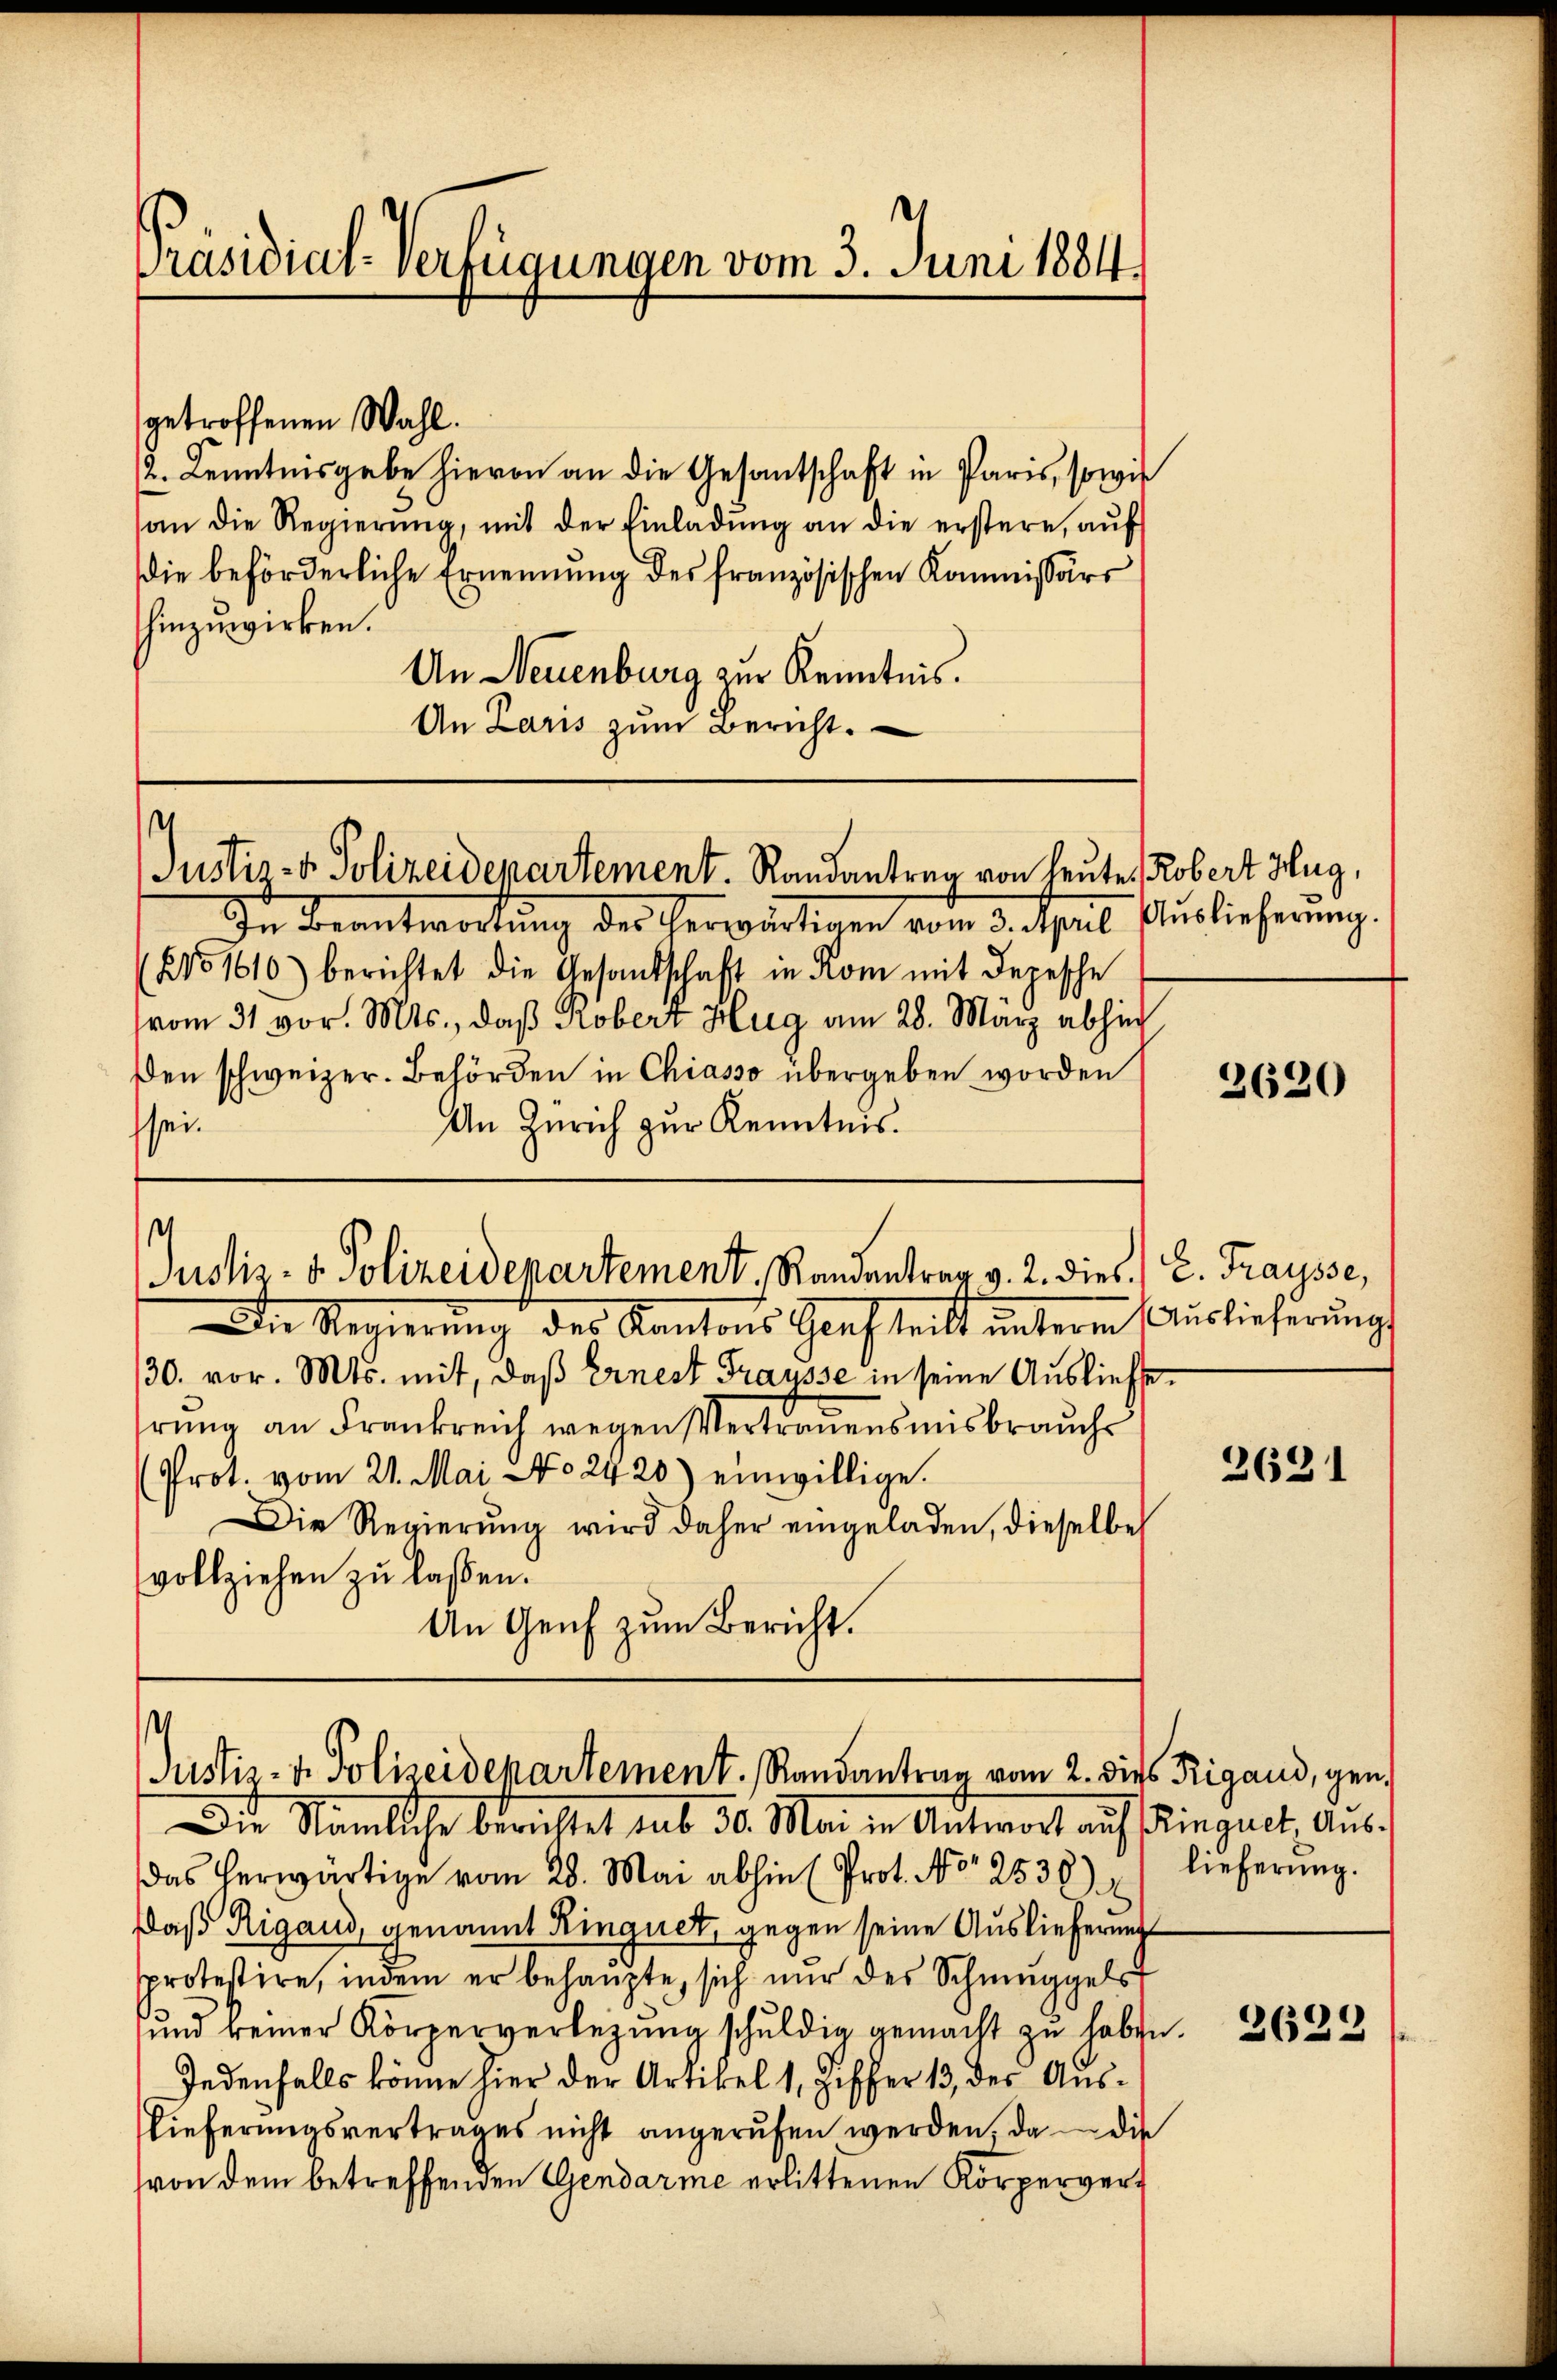
Präsidial-Verfügungen vom 3. Juni 1884.

getroffenen Wahl.
12. Kenntnisgabe hievon an die Gesantschaft in Paris, sowie
an die Regierŭng, mit der Einladŭng an die erstere, aŭf
die beförderliche Ernennung des französischen Kommissärs
hinzuwirken.
An Neuenburg zur Kenntnis.
An Laris zŭm Bericht.

¬
Justiz- & Polizeidepartement. Randantrag von heute, Robert Hug,

s
Justiz- & Polizeidepartement, Randantrag v. 2. dies.) C. Fraysse,

In Beantwortŭng des herwärtigen vom 3. April. Auslieferŭng.
201616) berichtet die Gesandschaft in Rom mit Depesche
vom 31. vor. Mts., daß Robert Hug am 28. März abhin
Den schweizer. Behörden in Chiasso übergeben worden
An Zürich zur Kenntnis.
sei.
Die Regierung des Kantons Gersteilt unterm Auslieferung
/30. vor. Mts. mit, daß Ernest Trausse in seine Ausliefe
irung an Frankreich wegen Vertrauensmisbrauchs
Prot. vom 21. Mai No 2420) einwillige.
Die Regierŭng wird daher eingeladen, dieselbe
vollziehen zu lassen.
An Genf zum Bericht.

¬
Justiz- & Polizeidepartement. Randantrag vom 2. dies Rigaud, gen.

Die Nämliche berichtet sub 30. Mai in Antwort auf Pinguet, Aus
das herwärtige vom 28. Mai abhin (Prot. No. 2538) ") lieferŭng.
Daß Rigaud, genannt Ringnet, gegen seine Auslieferung
protestire, indem er behaupte, sich nŭr des Schmuggel
und keiner Körperverlegŭng schŭldig gemacht zŭ haben.
Jedenfalls könne hier der Artikel 1, Ziffer 13 des Aus¬
Lieferungsvertrages nicht angerufen werden, da – die
von dem betreffenden Gendarme erlittenen Körperver¬

3620

2631

2622